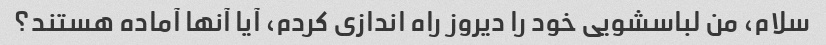
سلام، من لباسشویی خود را دیروز راه اندازی کردم، آیا آنها آماده هستند؟